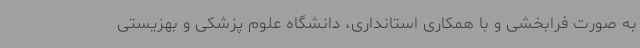
به صورت فرابخشی و با همکاری استانداری، دانشگاه علوم پزشکی و بهزیستی